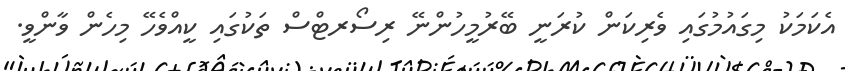
އެކަމަކު މިގައުމުގައި ވެރިކަން ކުރަނީ ބޭރުމީހުންނޭ ރިސޯރޓްސް ތަކުގައި ކީއްވެހޭ މިހެން ވާންވީ.